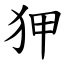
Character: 狎